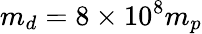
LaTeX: m_{d}=8\times 10^{8}m_{p}